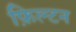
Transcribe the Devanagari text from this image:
फ़िल्टन